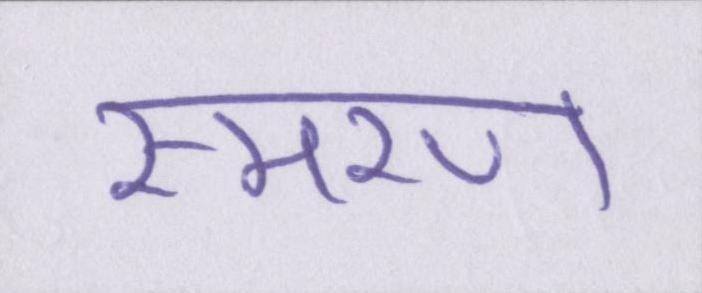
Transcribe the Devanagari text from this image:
स्मरण